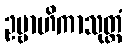
ဥဗ္ဗာဟိကာသုတ္တံ